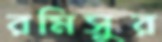
রমিসুর